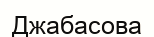
Джабасова